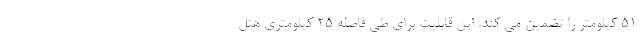
51 کیلومتر را تضمین می کند. این قابلیت برای طی فاصله 25 کیلومتری هتل